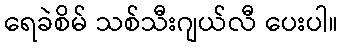
ရေခဲစိမ် သစ်သီးဂျယ်လီ ပေးပါ။